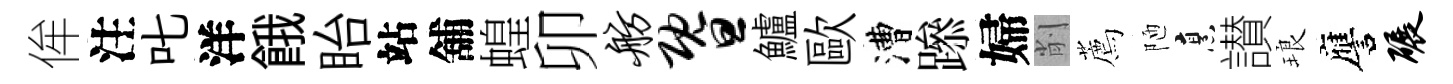
侔注叱洋餓眙站舖蝗卯舫暨鱸歐漕𨅶婦削薦陋烹讃琅譍碾